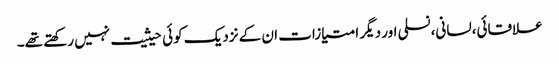
علاقائی،لسانی،نسلی اور دیگر امتیازات ان کے نزدیک کوئی حیثیت نہیں رکھتے تھے۔